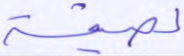
لصيقة